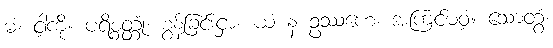
မံ၊ ငါ့ကို။ ပရိစ္စတ္တုံ၊ စွန့်ခြင်းငှာ။ ယံ န ဥဿဟေ၊ အကြင်မဝံ့။ သောတွံ၊